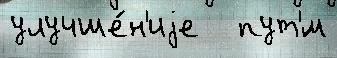
улучше́н'иjе   пут'́м